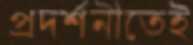
প্রদর্শনীতেই